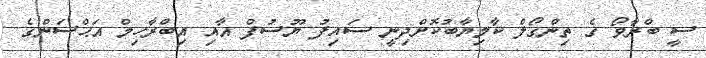
ސީ ބްރާވޯ ގެ ތިންގޯލް ކާމިޔާބުކޮށްދިނީ ސައިފު ޔޫސުފް އާއި އިބްރާހިމް އަޙްސަންގެ